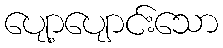
ပျော့ပျောင်းသော